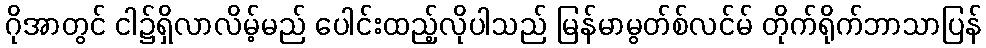
ဂိုအာတွင် ငါ၌ရှိလာလိမ့်မည် ပေါင်းထည့်လိုပါသည် မြန်မာမွတ်စ်လင်မ် တိုက်ရိုက်ဘာသာပြန်